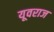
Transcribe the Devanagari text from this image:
यूवराज